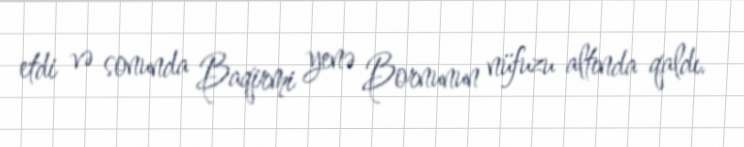
etdi və sonunda Baqirmi yenə Bornunun nüfuzu altında qaldı.